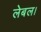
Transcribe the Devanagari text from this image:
लेबल।